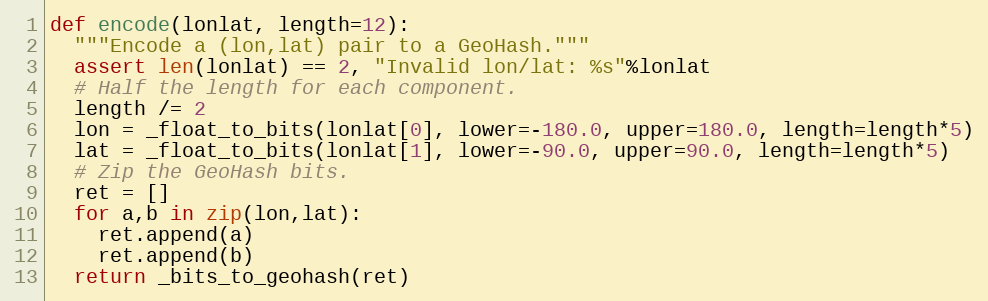
Language: Python
def encode(lonlat, length=12):
  """Encode a (lon,lat) pair to a GeoHash."""
  assert len(lonlat) == 2, "Invalid lon/lat: %s"%lonlat
  # Half the length for each component.
  length /= 2
  lon = _float_to_bits(lonlat[0], lower=-180.0, upper=180.0, length=length*5)
  lat = _float_to_bits(lonlat[1], lower=-90.0, upper=90.0, length=length*5)
  # Zip the GeoHash bits.
  ret = []
  for a,b in zip(lon,lat):
    ret.append(a)
    ret.append(b)
  return _bits_to_geohash(ret)